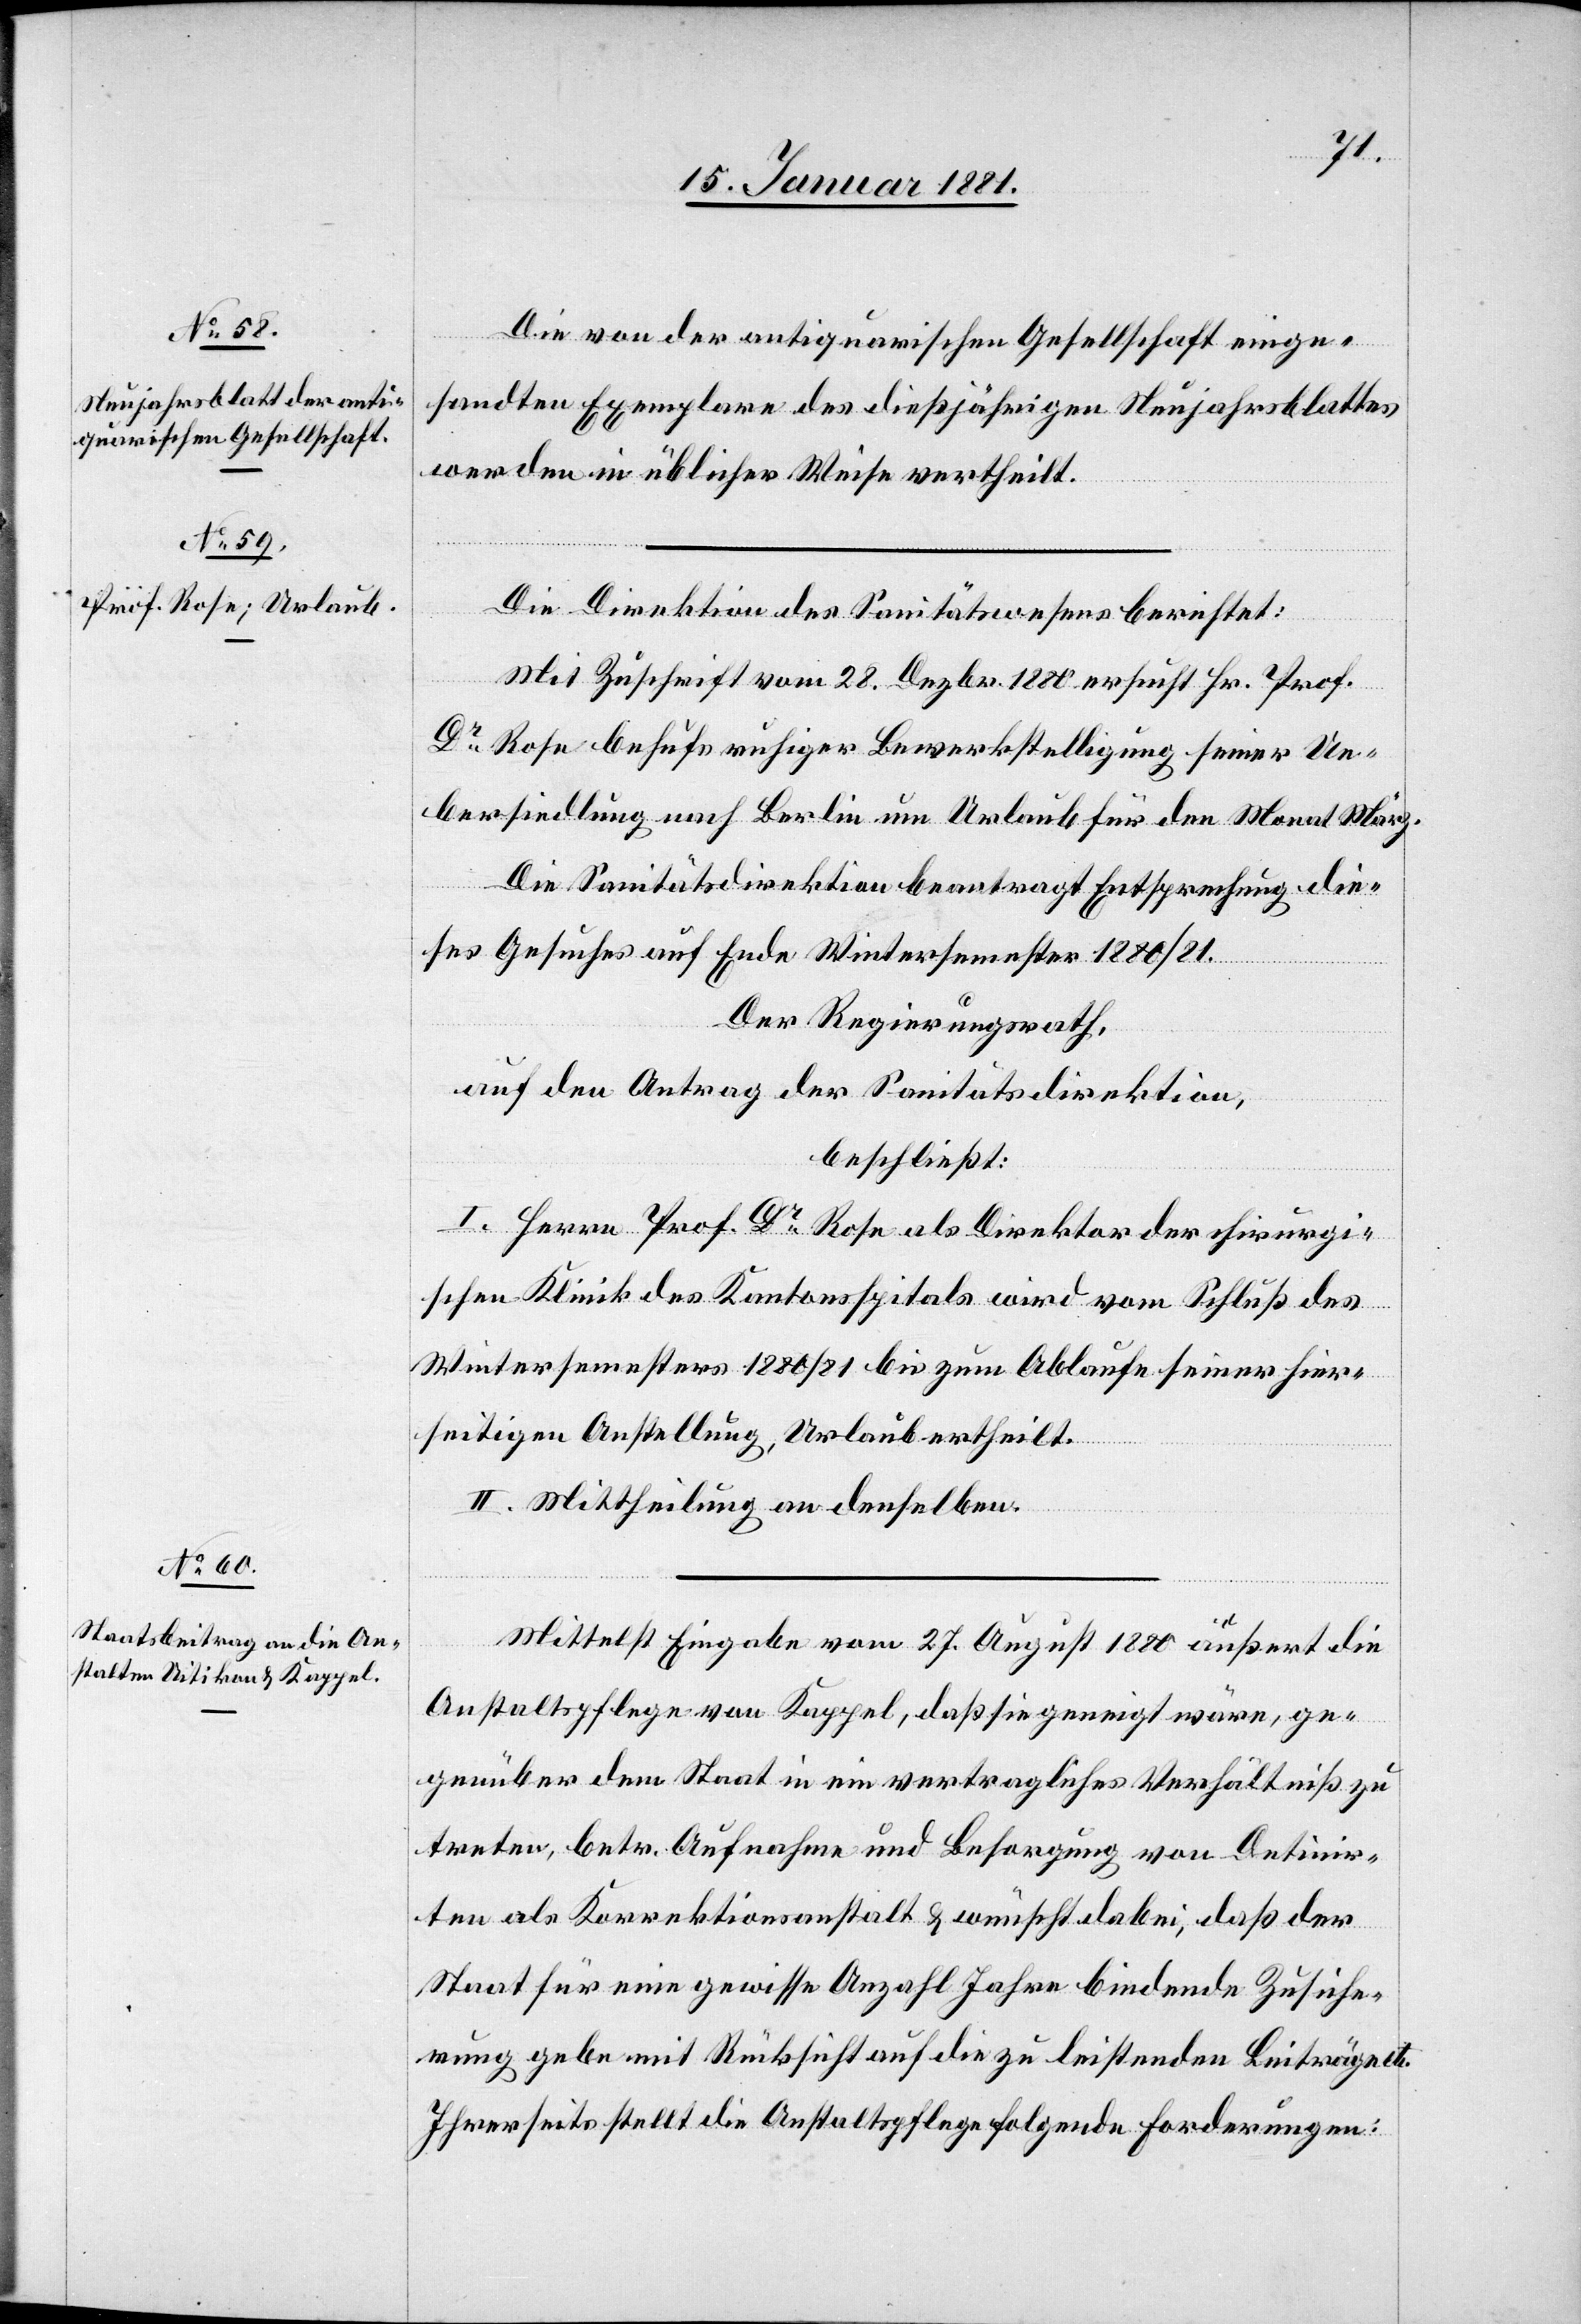
Die von der antiquarischen Gesellschaft einge¬
sandten Exemplare des dießjährigen Neujahrsblattes
werden in üblicher Weise vertheilt.
Die Direktion des Sanitätswesens berichtet:
Mit Zuschrift vom 28. Dezbr. 1880 ersucht Hr. Prof.
Dr Rose behufs ruhiger Bewerkstelligung seiner Ue¬
bersiedlung nach Berlin um Urlaub für den Monat März.
Die Sanitätsdirektion beantragt Entsprechung die¬
ses Gesuches auf Ende Wintersemester 1880/81.
Der Regierungsrath,
auf den Antrag der Sanitätsdirektion,
beschließt:
I. Herrn Prof. Dr Rose als Direktor der chirurgi¬
schen Klinik des Kantonsspitals wird vom Schluß des
Wintersemesters 1880/81 bis zum Ablaufe seiner hier¬
seitigen Anstellung, Urlaub ertheilt.
II. Mittheilung an denselben.